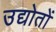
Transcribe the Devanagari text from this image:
उद्योतों